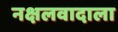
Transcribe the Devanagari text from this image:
नक्षलवादाला